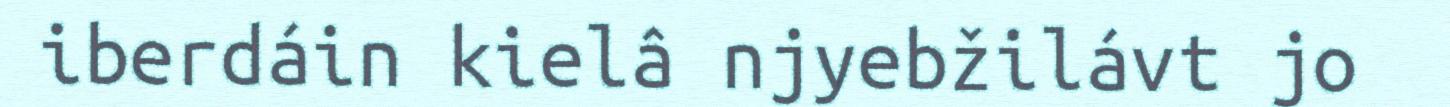
iberdáin kielâ njyebžilávt jo